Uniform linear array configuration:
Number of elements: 16
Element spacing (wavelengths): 1
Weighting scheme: exponential
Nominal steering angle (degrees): -45
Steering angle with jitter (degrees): -43.06
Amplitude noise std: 0.05
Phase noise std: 0.05

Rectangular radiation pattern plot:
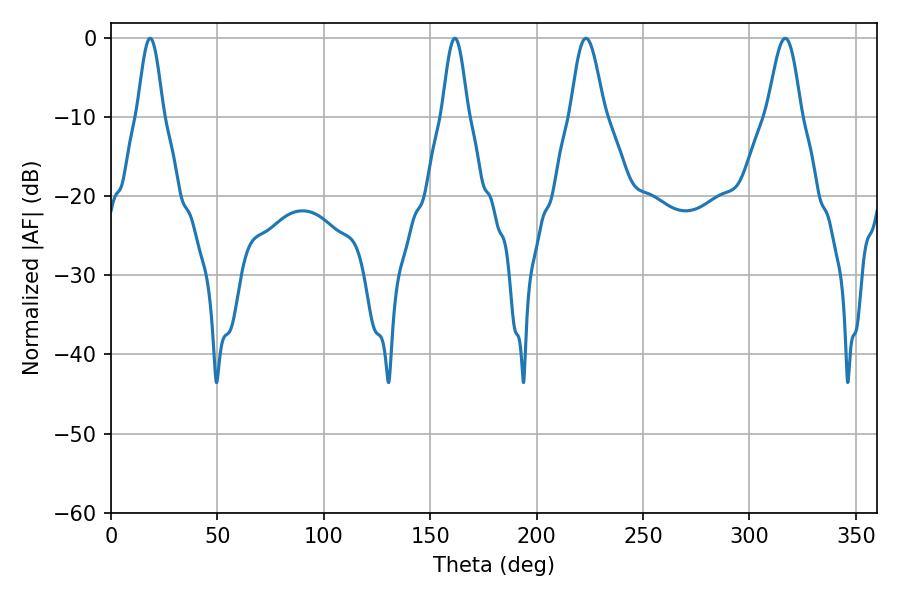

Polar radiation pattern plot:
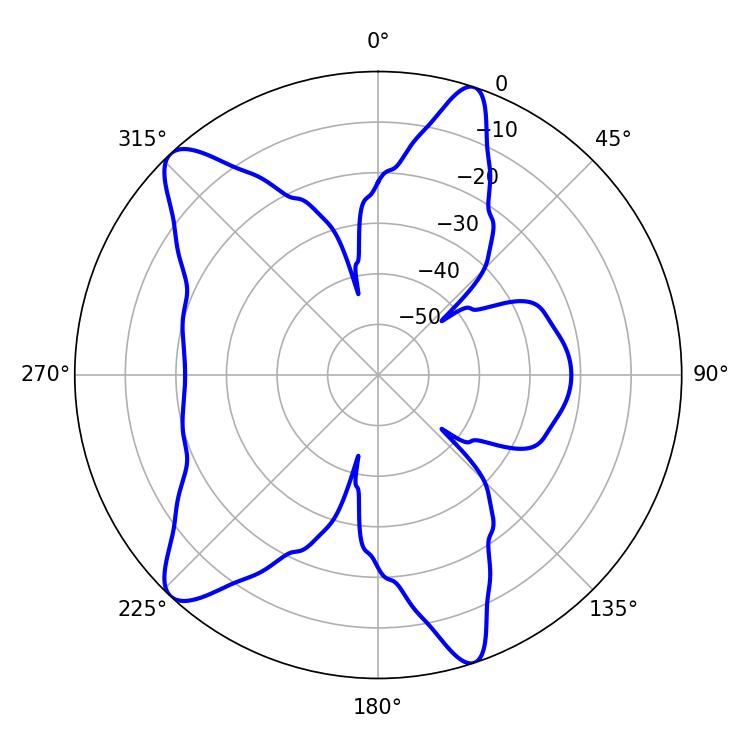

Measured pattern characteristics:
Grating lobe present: TRUE
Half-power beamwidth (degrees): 8.46
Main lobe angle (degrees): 223.2